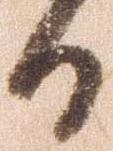
日